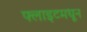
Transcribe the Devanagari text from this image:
फ्लाइटमधून